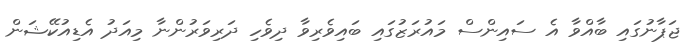
ޖަޕާނުގައި ބާއްވާ އެ ސައިންސް މައުރަޒުގައި ބައިވެރިވާ ދިވެހި ދަރިވަރުންނާ މިއަދު އެޑިއުކޭޝަން